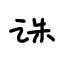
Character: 诛